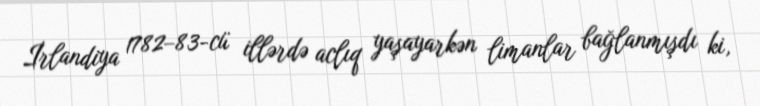
İrlandiya 1782–83-cü illərdə aclıq yaşayarkən limanlar bağlanmışdı ki,